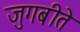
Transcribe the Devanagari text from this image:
जुगबीते